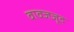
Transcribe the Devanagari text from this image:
वावजजूद